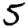
Digit: 5